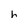
Character: h